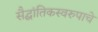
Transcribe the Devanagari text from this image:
सैद्घांतिकस्वरुपाचे